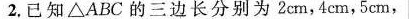
2，已知\bigtriangleupABC的三边长分别为2cm，4cm，5cm，